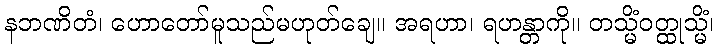
နဘဏိတံ၊ ဟောတော်မူသည်မဟုတ်ချေ။ အရဟာ၊ ရဟန္တာကို။ တသ္မိံဝတ္ထုသ္မိံ၊